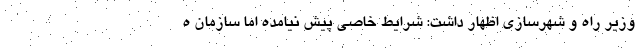
وزیر راه و شهرسازی اظهار داشت: شرایط خاصی پیش نیامده اما سازمان ه